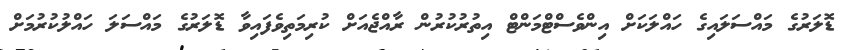
ޑޮލަރުގެ މައްސަލައިގެ ހައްލަކަށް އިންވެސްޓްމަންޓް އިތުރުކުރުން ރާއްޖެއަށް ކުރިމަތިވެފައިވާ ޑޮލަރުގެ މައްސަލަ ހައްލުކުރުމަށް